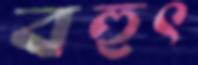
বহুৎ